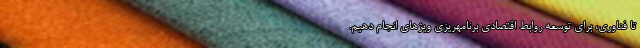
تا فناوری، برای توسعه روابط اقتصادی برنامهریزی ویژهای انجام دهیم.